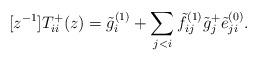
LaTeX: \begin{align*} [z^{-1}]T^+_{ii}(z)=\tilde{g}^{(1)}_i+\sum_{j<i}\tilde{f}^{(1)}_{ij}\tilde{g}^+_j\tilde{e}^{(0)}_{ji}.\end{align*}